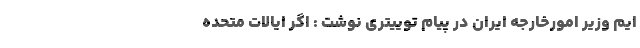
ایم وزیر امورخارجه ایران در پیام توییتری نوشت : اگر ایالات متحده